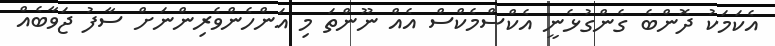
އެކަމަކު ދޮންބެ ގެންގުޅެނީ އެކްސްމެކްސް އެއް ނޫންތަ މި އަންހެންވެރިންނަށް ސާފު ޖަވާބެއް